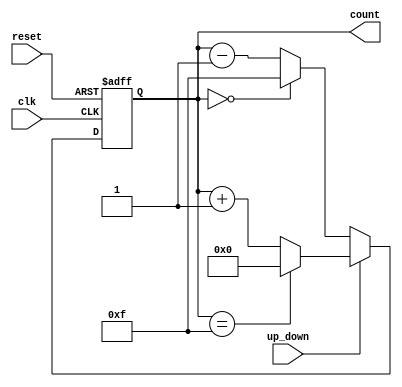
module up_down_counter #(
    parameter N = 4  // Parameter for the width of the counter (number of bits)
)(
    input wire clk,          // Clock signal
    input wire reset,        // Asynchronous reset signal
    input wire up_down,      // Control signal for counting direction
    output reg [N-1:0] count // n-bit output for the current count value
);

    // Asynchronous reset and counting logic
    always @(posedge clk or posedge reset) begin
        if (reset) begin
            count <= 0; // Reset the counter to zero
        end else begin
            if (up_down) begin
                // Count up
                count <= (count == {N{1'b1}}) ? 0 : count + 1; // Wrap around to 0
            end else begin
                // Count down
                count <= (count == 0) ? {N{1'b1}} : count - 1; // Wrap around to max value
            end
        end
    end

endmodule